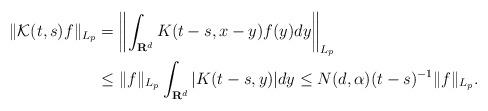
LaTeX: \begin{align*}\|\mathcal{K}(t,s)f\|_{L_{p}}&=\left\|\int_{\mathbf{R}^{d}}K(t-s,x-y)f(y)dy\right\|_{L_{p}} \\&\leq \|f\|_{L_{p}}\int_{\mathbf{R}^{d}}|K(t-s,y)|dy\leq N(d,\alpha)(t-s)^{-1}\|f\|_{L_{p}}.\end{align*}